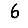
Digit: 6